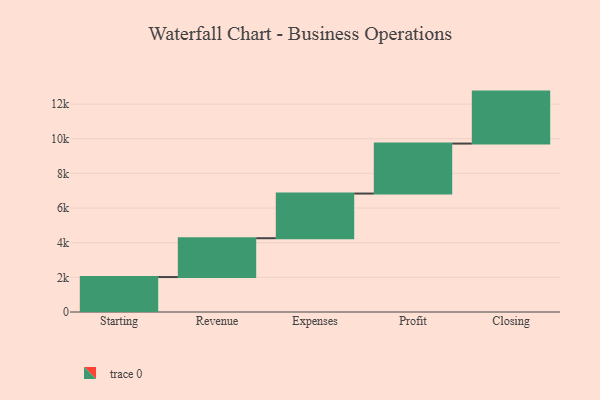
{"axis": {"x": "Step", "y": "Value"}, "legend": [""], "data": [{"x": "Starting", "y": 2018.0, "type": ""}, {"x": "Revenue", "y": 2241.0, "type": ""}, {"x": "Expenses", "y": 2578.0, "type": ""}, {"x": "Profit", "y": 2885.0, "type": ""}, {"x": "Closing", "y": 3000, "type": ""}]}